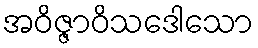
အဝိဇ္ဇာဝိသဒေါသော